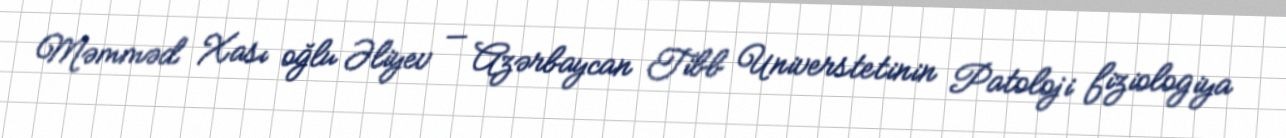
Məmməd Xası oğlu Əliyev — Azərbaycan Tibb Universtetinin Patoloji fiziologiya